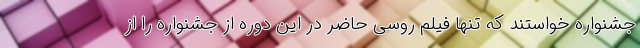
جشنواره خواستند که تنها فیلم روسی حاضر در این دوره از جشنواره را از